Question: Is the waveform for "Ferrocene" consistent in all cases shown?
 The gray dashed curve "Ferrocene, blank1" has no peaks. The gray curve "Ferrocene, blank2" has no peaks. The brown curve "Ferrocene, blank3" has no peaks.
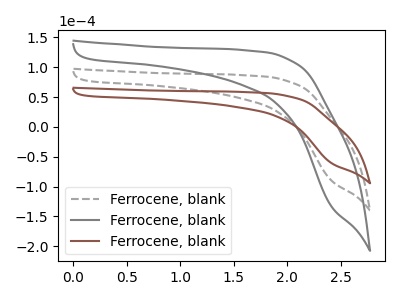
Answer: <think>Neither "Ferrocene, blank1" or "Ferrocene, blank2" have any peaks. Neither "Ferrocene, blank1" or "Ferrocene, blank3" have any peaks. Neither "Ferrocene, blank2" or "Ferrocene, blank3" have any peaks.
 </think>
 <answer>All the CV's of "Ferrocene" have similar shape.</answer>
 <eval>follow_rule</eval>